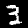
Label: 3